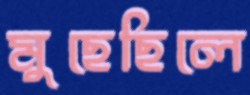
মুছেছিলে